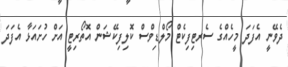
ދެވޭނީ އެފަދަ މީހެއްގެ ސެރޓިފިކެޓް މޯލްޑިވްސް ކޮލިފިކޭޝަން އޮތޯރިޓީ އަށް ހުށައަޅާ އެފަދަ